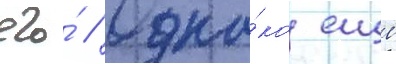
его́ // Одна́ко еще